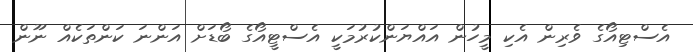
އެސްޓިއޯގެ ވެރިން އެކި މީހުން އައްޔަންކުރުމަކީ އެސްޓީއޯގެ ބޯޑަށް އަންނަ ކަންތަކެއް ނޫން